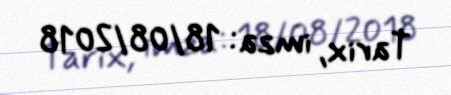
Tarix, imza: 18/08/2018